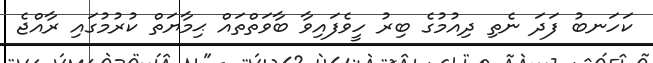
ކަހަނބު ފަދަ ނެތި ދިއުމުގެ ބިރު ހީވެފައިވާ ބާވަތްތައް ޙިމާޔަތް ކުރުމުގައި ރާއްޖެ